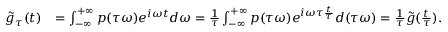
\begin{array} { r l } { \tilde { g } _ { \tau } ( t ) } & { = \int _ { - \infty } ^ { + \infty } p ( \tau \omega ) e ^ { i \omega t } d \omega = \frac { 1 } { \tau } \int _ { - \infty } ^ { + \infty } p ( \tau \omega ) e ^ { i \omega \tau \frac { t } { \tau } } d ( \tau \omega ) = \frac { 1 } { \tau } \tilde { g } ( \frac { t } { \tau } ) . } \end{array}